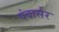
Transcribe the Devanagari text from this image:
पंवार्सर